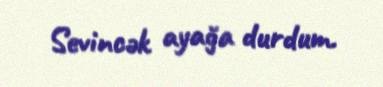
Sevincək ayağa durdum.